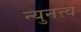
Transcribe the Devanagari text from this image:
न्युनत्त्व